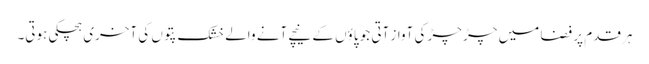
ہر قدم پر فضا میں چڑ چڑ کی آواز آتی جو پاؤں کے نیچے آنے والے خشک پتوں کی آخری ہچکی ہوتی۔